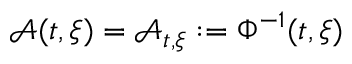
\mathcal { A } ( t , \xi ) = \mathcal { A } _ { t , \xi } : = \Phi ^ { - 1 } ( t , \xi )